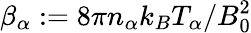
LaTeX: \beta_{\alpha}:=8\pi n_{\alpha}k_{B}T_{\alpha}/B_{0}^{2}